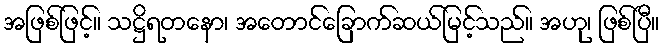
အဖြစ်ဖြင့်။ သဋ္ဌိရတနော၊ အတောင်ခြောက်ဆယ်မြင့်သည်။ အဟု၊ ဖြစ်ပြီ။